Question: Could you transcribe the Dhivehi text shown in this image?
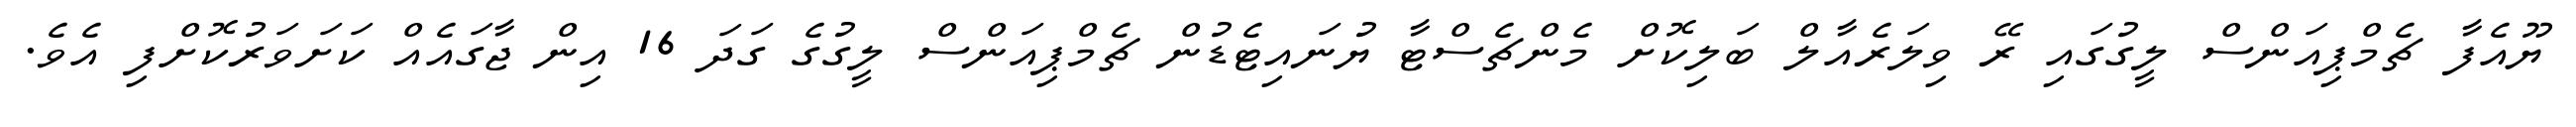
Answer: ޔޫއެފާ ޗެމްޕިއަންސް ލީގުގައި ރޭ ވިލަރެއާލް ބަލިކޮށް މެންޗެސްޓާ ޔުނައިޓެޑުން ޗެމްޕިއަންސް ލީގުގެ ގަދަ 16 އިން ޖާގައެއް ކަށަވަރުކޮށްފި އެވެ.